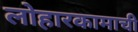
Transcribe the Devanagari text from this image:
लोहारकामाची